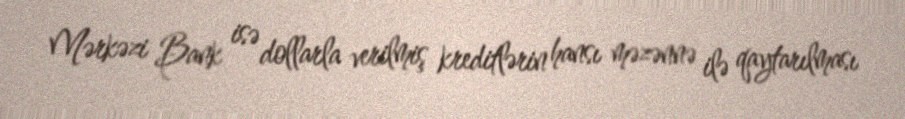
Mərkəzi Bank isə dollarla verilmiş kreditlərin hansı məzənnə ilə qaytarılması